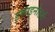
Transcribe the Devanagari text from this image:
इकाइनोडर्म